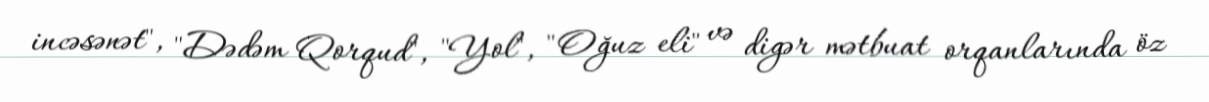
incəsənət", "Dədəm Qorqud", "Yol", "Oğuz eli" və digər mətbuat orqanlarında öz